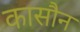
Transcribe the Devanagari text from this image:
कासौन